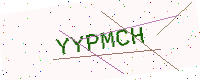
Text: YYPMCH